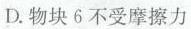
D. 物块6不受摩擦力